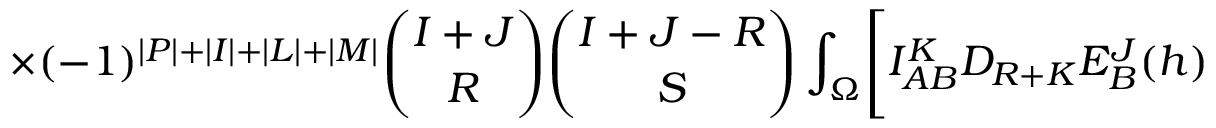
\times ( - 1 ) ^ { \vert P \vert + \vert I \vert + \vert L \vert + \vert M \vert } { \binom { I + J } { R } } { \binom { I + J - R } { S } } \int _ { \Omega } \Biggl [ I _ { A B } ^ { K } D _ { R + K } E _ { B } ^ { J } ( h )